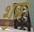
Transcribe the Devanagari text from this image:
शुद्ध।